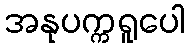
အနုပက္ကရူပေါ